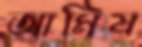
আমিষ